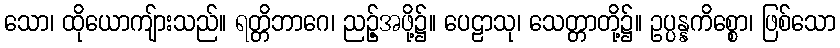
သော၊ ထိုယောကျ်ားသည်။ ရတ္တိဘာဂေ၊ ညဉ့်အဖို့၌။ ပေဠာသု၊ သေတ္တာတို့၌။ ဥပ္ပန္နကိစ္စော၊ ဖြစ်သော